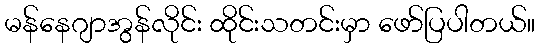
မန်နေဂျာအွန်လိုင်း ထိုင်းသတင်းမှာ ဖော်ပြပါတယ်။